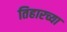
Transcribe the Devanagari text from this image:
तिहारच्या